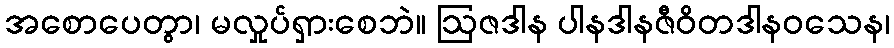
အစောပေတွာ၊ မလှုပ်ရှားစေဘဲ။ ဩဇဒါန ပါနဒါနဇီဝိတဒါနဝသေန၊